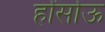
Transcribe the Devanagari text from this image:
होंसोऊ